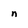
Character: n